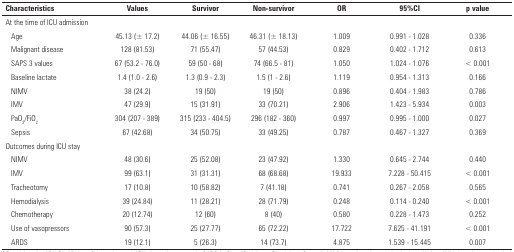
<table><thead><tr><td><b>Characteristics</b></td><td><b>Values</b></td><td><b>Survivor</b></td><td><b>Non-survivor</b></td><td><b>OR</b></td><td><b>95%CI</b></td><td><b>p value</b></td></tr></thead><tbody><tr><td>At the time of ICU admission</td><td colspan="6"> </td></tr><tr><td>Age</td><td>45.13 (± 17.2)</td><td>44.06 (± 16.55)</td><td>46.31 (± 18.13)</td><td>1.009</td><td>0.991 - 1.028</td><td>0.336</td></tr><tr><td>Malignant disease</td><td>128 (81.53)</td><td>71 (55.47)</td><td>57 (44.53)</td><td>0.829</td><td>0.402 - 1.712</td><td>0.613</td></tr><tr><td>SAPS 3 values</td><td>67 (53.2 - 76.0)</td><td>59 (50 - 68)</td><td>74 (66.5 - 81)</td><td>1.050</td><td>1.024 - 1.076</td><td>&lt; 0.001</td></tr><tr><td>Baseline lactate</td><td>1.4 (1.0 - 2.6)</td><td>1.3 (0.9 - 2.3)</td><td>1.5 (1 - 2.6)</td><td>1.119</td><td>0.954 - 1.313</td><td>0.166</td></tr><tr><td>NIMV</td><td>38 (24.2)</td><td>19 (50)</td><td>19 (50)</td><td>0.896</td><td>0.404 - 1.983</td><td>0.786</td></tr><tr><td>IMV</td><td>47 (29.9)</td><td>15 (31.91)</td><td>33 (70.21)</td><td>2.906</td><td>1.423 - 5.934</td><td>0.003</td></tr><tr><td>PaO<sub>2</sub>/FiO<sub>2</sub></td><td>304 (207 - 389)</td><td>315 (233 - 404.5)</td><td>296 (182 - 360)</td><td>0.997</td><td>0.995 - 1.000</td><td>0.027</td></tr><tr><td>Sepsis</td><td>67 (42.68)</td><td>34 (50.75)</td><td>33 (49.25)</td><td>0.787</td><td>0.467 - 1.327</td><td>0.369</td></tr><tr><td>Outcomes during ICU stay</td><td colspan="6"> </td></tr><tr><td>NIMV</td><td>48 (30.6)</td><td>25 (52.08)</td><td>23 (47.92)</td><td>1.330</td><td>0.645 - 2.744</td><td>0.440</td></tr><tr><td>IMV</td><td>99 (63.1)</td><td>31 (31.31)</td><td>68 (68.68)</td><td>19.933</td><td>7.228 - 50.415</td><td>&lt; 0.001</td></tr><tr><td>Tracheotomy</td><td>17 (10.8)</td><td>10 (58.82)</td><td>7 (41.18)</td><td>0.741</td><td>0.267 - 2.058</td><td>0.565</td></tr><tr><td>Hemodialysis</td><td>39 (24.84)</td><td>11 (28.21)</td><td>28 (71.79)</td><td>0.248</td><td>0.114 - 0.240</td><td>&lt; 0.001</td></tr><tr><td>Chemotherapy</td><td>20 (12.74)</td><td>12 (60)</td><td>8 (40)</td><td>0.580</td><td>0.228 - 1.473</td><td>0.252</td></tr><tr><td>Use of vasopressors</td><td>90 (57.3)</td><td>25 (27.77)</td><td>65 (72.22)</td><td>17.722</td><td>7.625 - 41.191</td><td>&lt; 0.001</td></tr><tr><td>ARDS</td><td>19 (12.1)</td><td>5 (26.3)</td><td>14 (73.7)</td><td>4.875</td><td>1.539 - 15.445</td><td>0.007</td></tr></tbody></table>